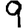
Digit: 9